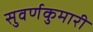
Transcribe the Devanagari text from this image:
सुवर्णकुमारी